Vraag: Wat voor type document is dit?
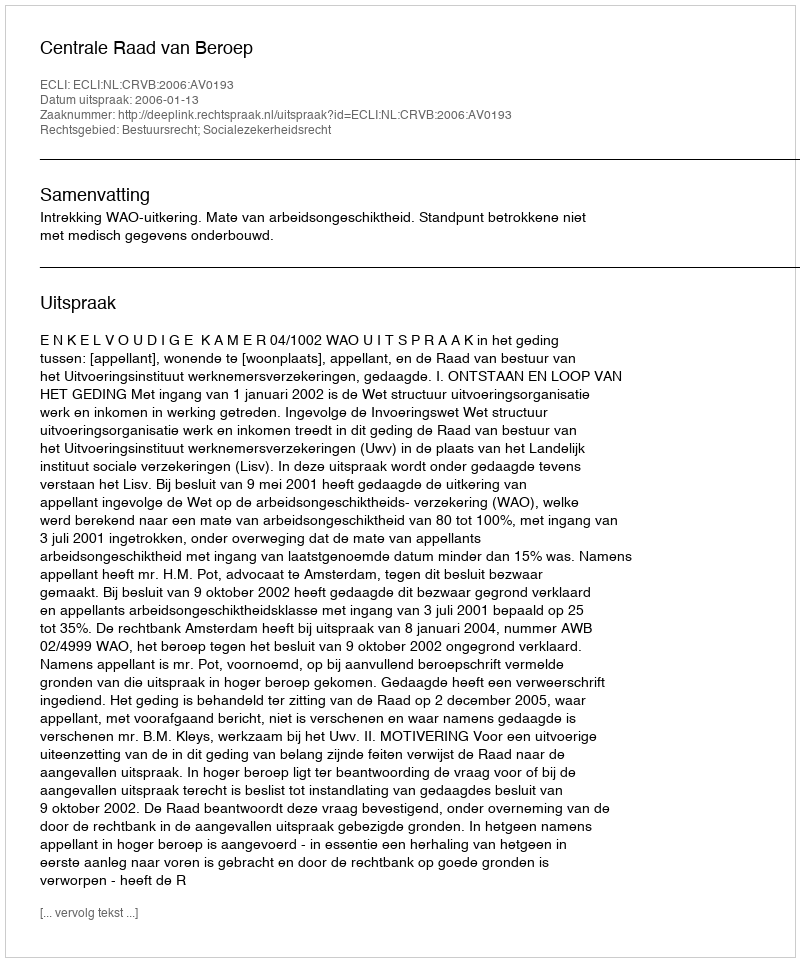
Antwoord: Uitspraak